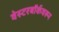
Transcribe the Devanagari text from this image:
वेस्टरबॉर्कवरून